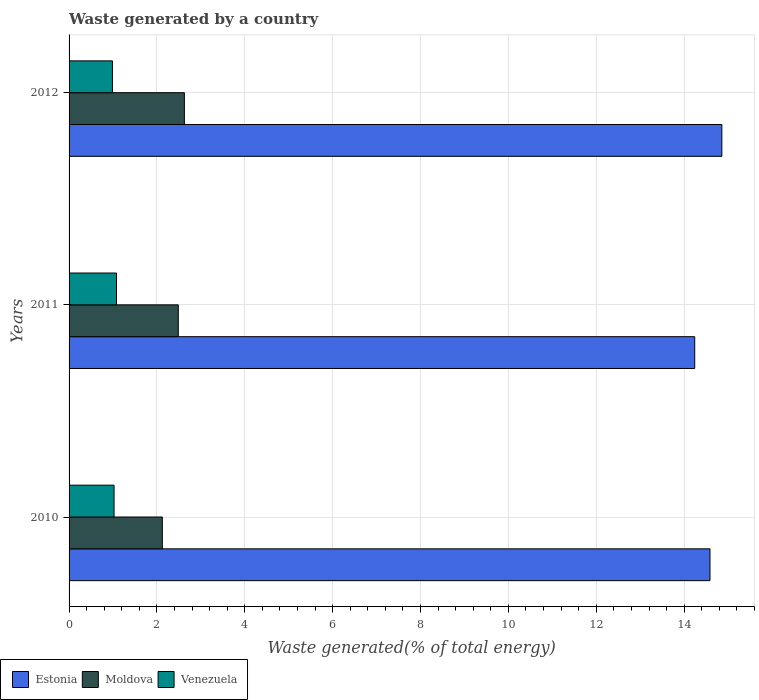
| Years | Estonia | Moldova | Venezuela |
 | --- | --- | --- | --- |
 | 2010 | 14.6 | 2.12 | 1.02 |
 | 2011 | 14.2 | 2.49 | 1.08 |
 | 2012 | 14.9 | 2.62 | 0.987 |